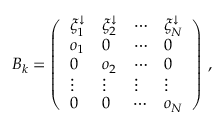
\begin{array} { r } { B _ { k } = \left( \begin{array} { l l l l } { \xi _ { 1 } ^ { \downarrow } } & { \xi _ { 2 } ^ { \downarrow } } & { \cdots } & { \xi _ { N } ^ { \downarrow } } \\ { o _ { 1 } } & { 0 } & { \cdots } & { 0 } \\ { 0 } & { o _ { 2 } } & { \cdots } & { 0 } \\ { \vdots } & { \vdots } & { \vdots } & { \vdots } \\ { 0 } & { 0 } & { \cdots } & { o _ { N } } \end{array} \right) \, , } \end{array}